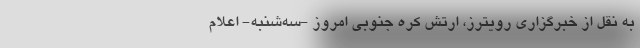
به نقل از خبرگزاری رویترز،‌ ارتش کره جنوبی امروز -‌سه‌شنبه- اعلام